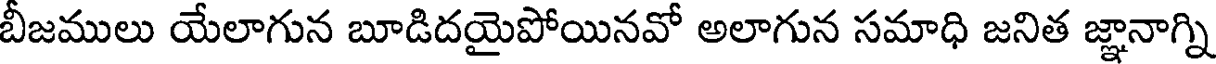
బీజములు యేలాగున బూడిదయైపోయినవో అలాగున సమాధి జనిత జ్ఞానాగ్ని